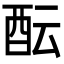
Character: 酝